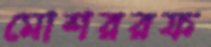
মোশররফ